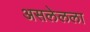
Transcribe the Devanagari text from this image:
असलेलला